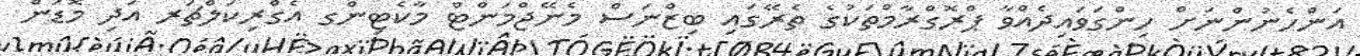
އަންހެނުންނަށް ހިންގަވައިދެއްވާ ޕްރޮގްރާމްތަކުގެ ތެރޭގައި ބިޒްނަސް މެނޭޖްމަންޓް މާކެޓިންގ އެގްރިކަލްޗަރ އަދި މޮޑަން